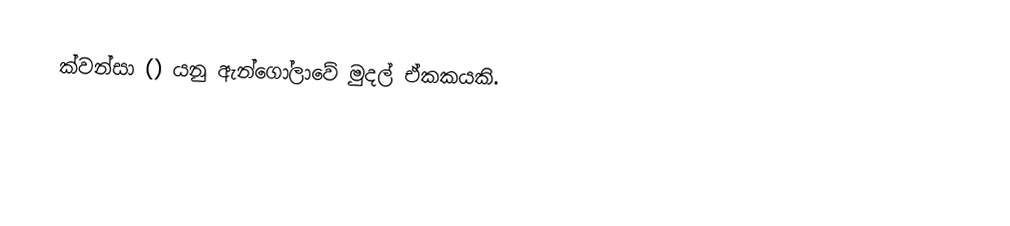
ක්වන්සා () යනු ඇන්ගෝලාවේ මුදල් ඒකකයකි.